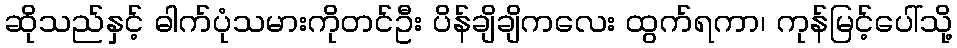
ဆိုသည်နှင့် ဓါက်ပုံသမားကိုတင်ဦး ပိန်ချိချိကလေး ထွက်ရကာ၊ ကုန်မြင့်ပေါ်သို့